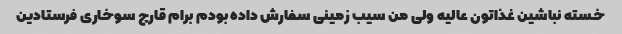
خسته نباشین غذاتون عالیه ولى من سیب زمینى سفارش داده بودم برام قارچ سوخارى فرستادین